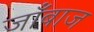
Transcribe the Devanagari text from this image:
जाँबाज